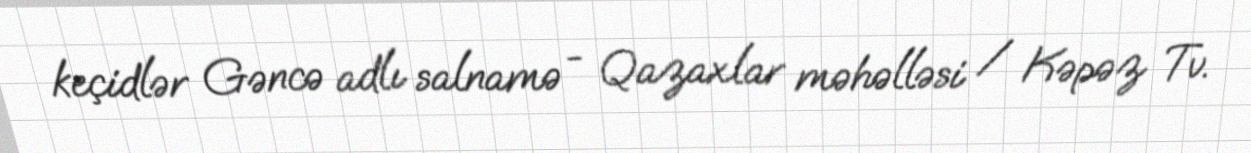
keçidlər Gəncə adlı salnamə - Qazaxlar məhəlləsi / Kəpəz Tv.